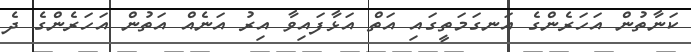
ކަނާތުން އަހަރެންގެ އަނގަމަތީގައި އަތް އަޅާފައިވާ އިރު އަނެއް އަތުން އަހަރެންގެ ދެ